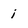
Character: i